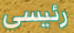
رئيسي